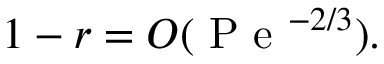
1 - r = O ( \mathrm { ~ P ~ e ~ } ^ { - 2 / 3 } ) .